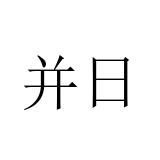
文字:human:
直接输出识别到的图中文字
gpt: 并日